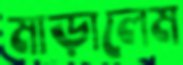
মাড়ালেম